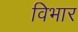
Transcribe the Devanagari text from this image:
विभार